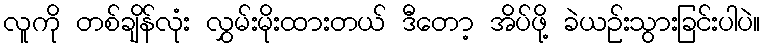
လူကို တစ်ချိန်လုံး လွှမ်းမိုးထားတယ် ဒီတော့ အိပ်ဖို့ ခဲယဉ်းသွားခြင်းပါပဲ။